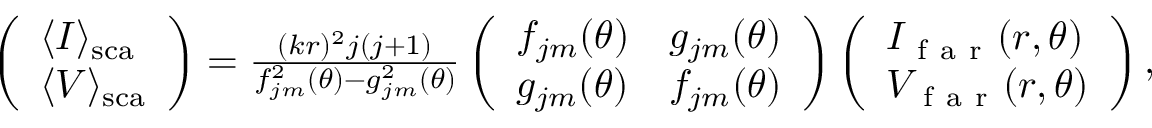
\begin{array} { r } { \left( \begin{array} { l } { \langle I \rangle _ { \mathrm { { s c a } } } } \\ { \langle V \rangle _ { \mathrm { { s c a } } } } \end{array} \right) = \frac { ( k r ) ^ { 2 } j ( j + 1 ) } { f _ { j m } ^ { 2 } ( \theta ) - g _ { j m } ^ { 2 } ( \theta ) } \left( \begin{array} { l l } { f _ { j m } ( \theta ) } & { g _ { j m } ( \theta ) } \\ { g _ { j m } ( \theta ) } & { f _ { j m } ( \theta ) } \end{array} \right) \left( \begin{array} { l } { I _ { \mathrm { ~ f ~ a ~ r ~ } } ( r , \theta ) } \\ { V _ { \mathrm { ~ f ~ a ~ r ~ } } ( r , \theta ) } \end{array} \right) , } \end{array}